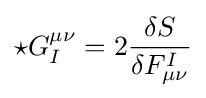
\star G_{I}^{\mu \nu }=2{\frac {\delta S}{\delta F_{\mu \nu }^{I}}}